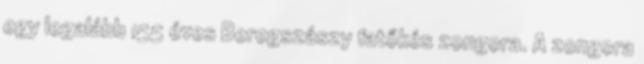
egy legalább 155 éves Beregszászy fatőkés zongora. A zongora